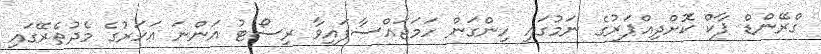
ގްރޭންޑް ޕާކް ކޮށްދިއްޕަރުގެ ނަމުގައި ހިންގަން ހަމަޖައްސާފައިވާ ރިސޯޓު އަންނަ އަހަރުގެ މެދުތެރޭގައި